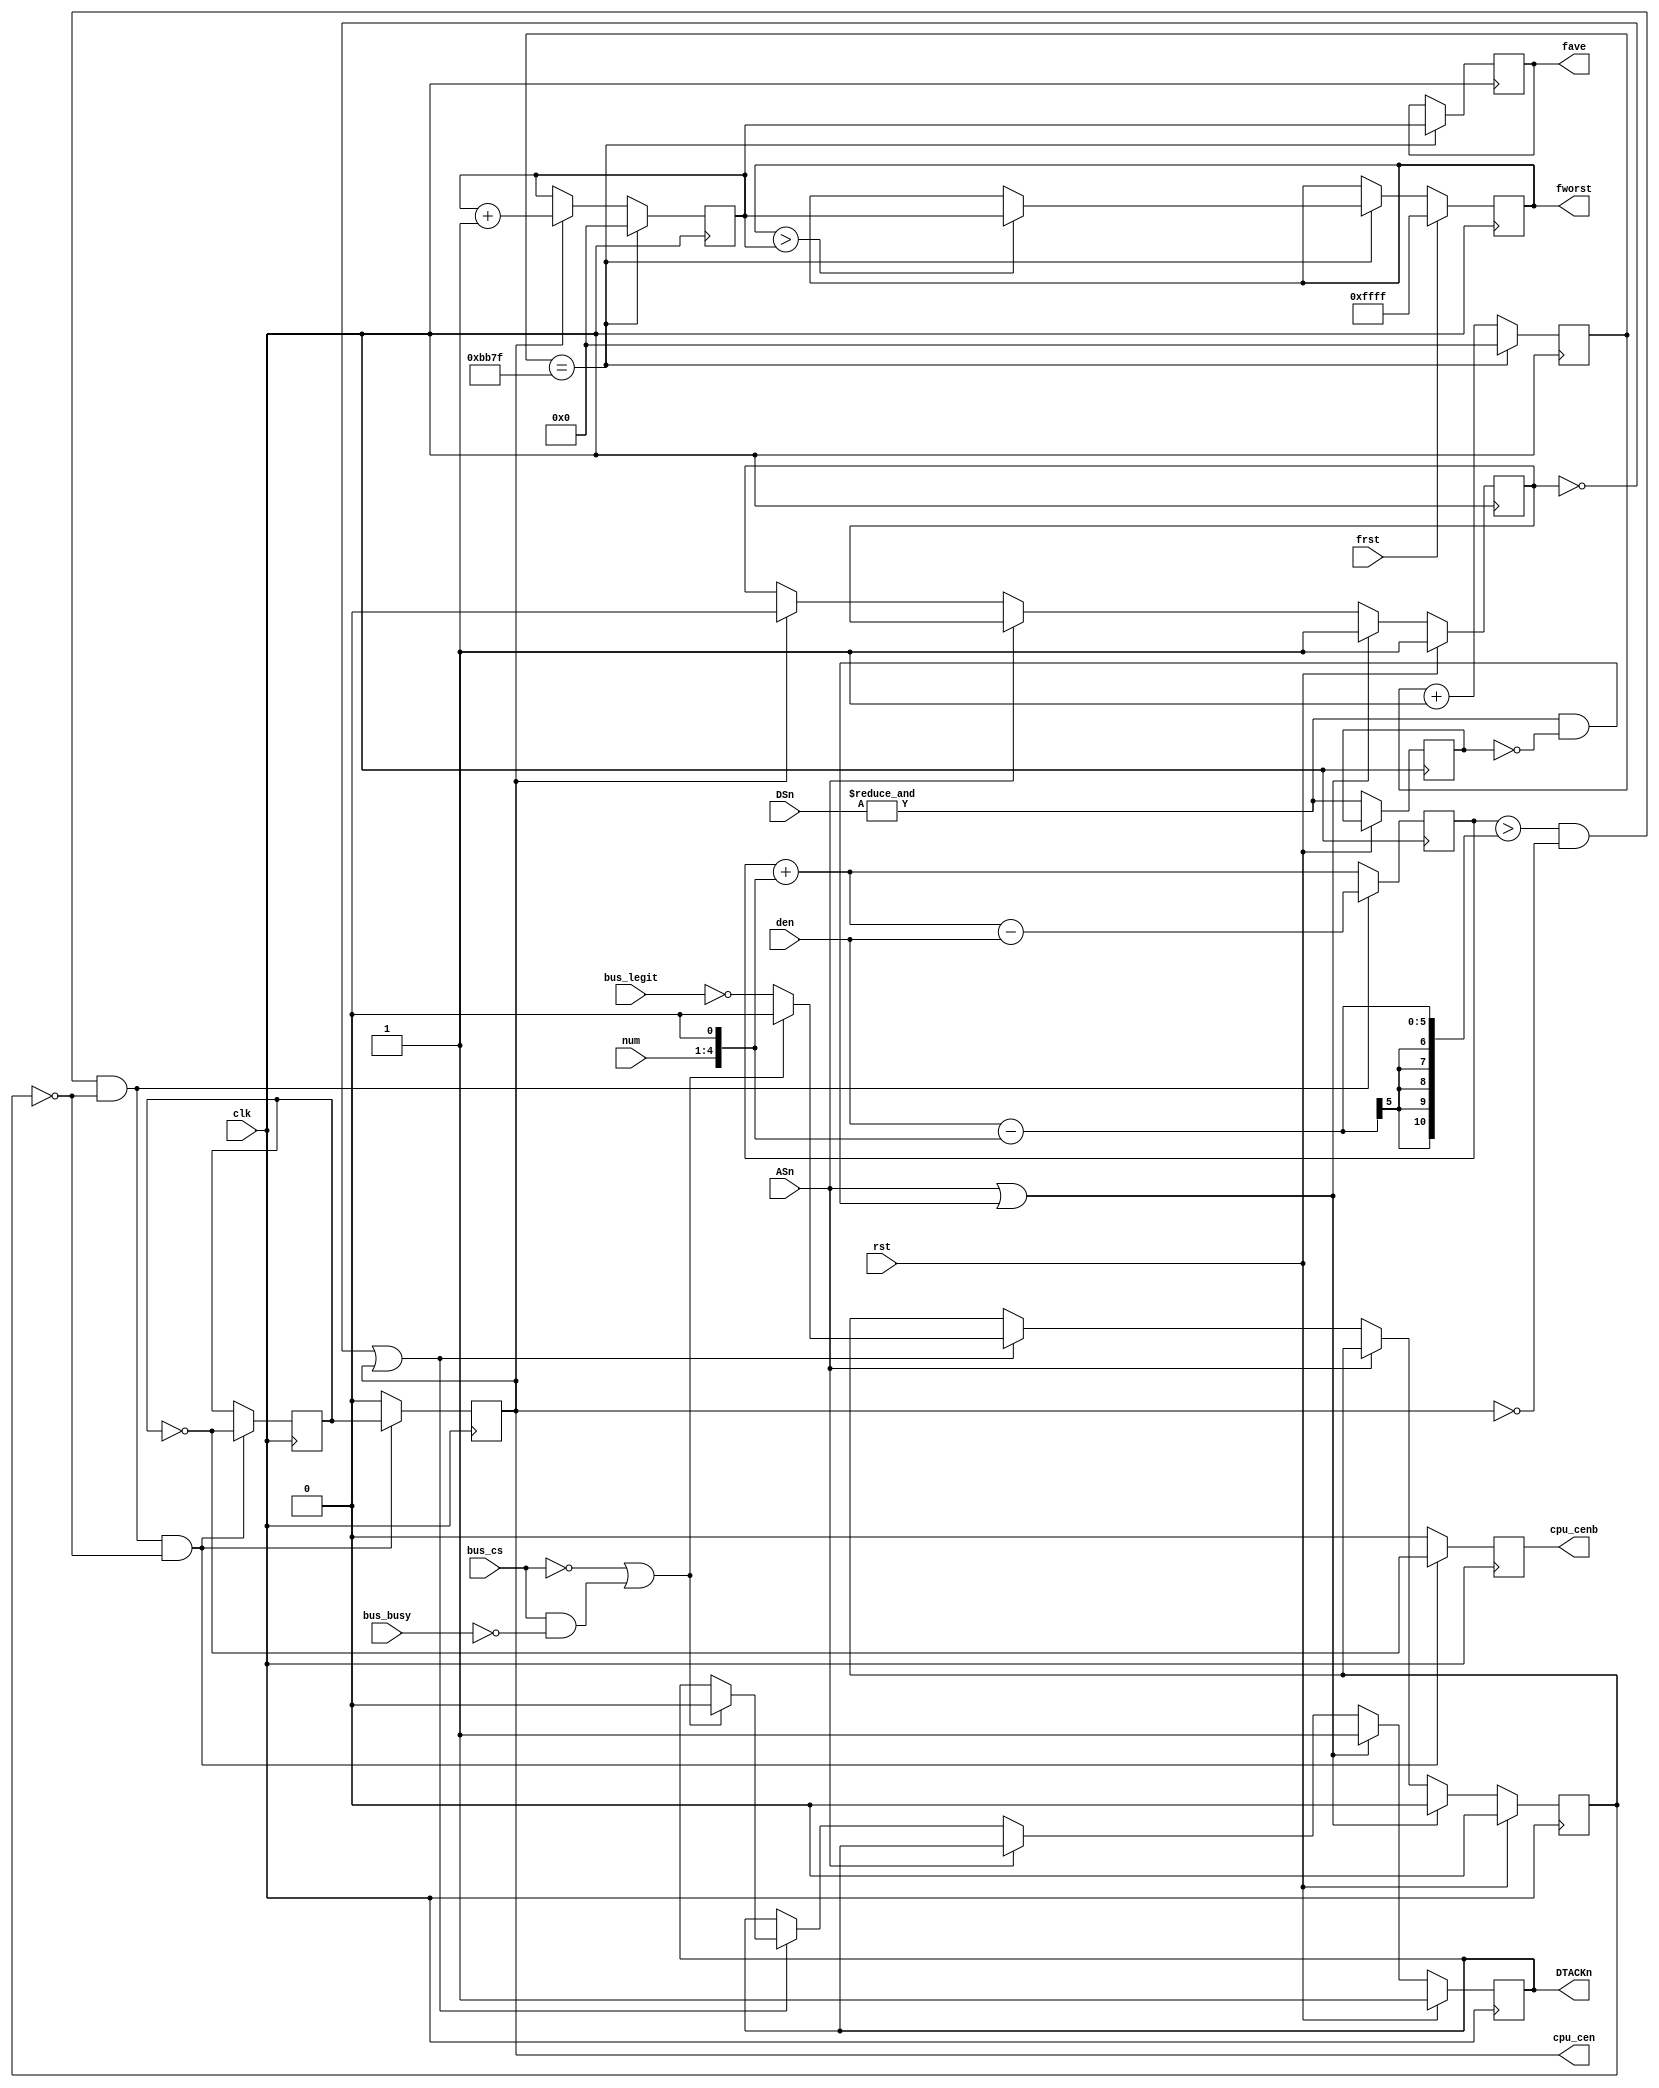
/*  This file is part of JTFRAME.
    JTFRAME program is free software: you can redistribute it and/or modify
    it under the terms of the GNU General Public License as published by
    the Free Software Foundation, either version 3 of the License, or
    (at your option) any later version.

    JTFRAME program is distributed in the hope that it will be useful,
    but WITHOUT ANY WARRANTY; without even the implied warranty of
    MERCHANTABILITY or FITNESS FOR A PARTICULAR PURPOSE.  See the
    GNU General Public License for more details.

    You should have received a copy of the GNU General Public License
    along with JTFRAME.  If not, see <http://www.gnu.org/licenses/>.

    Author: Jose Tejada Gomez. Twitter: @topapate
    Version: 1.0
    Date: 20-5-2021 */

/*

    Generates the standard /DTACK signal expected by the CPU,
    i.e. there is an idle cycle for each bus cycle

    If there is a special bus access, marked by bus_cs, and
    it takes longer to complete than one cycle, the extra time
    will be recovered for later. If bus_legit is high, the time
    will not be recovered as it is identified as legitim wait
    in the original system

    DSn -and not just ASn- must be used so read-modify-write
    instructions have a second /DTACK signal generated for
    the write cycle

    Note that if jtframe_ramrq is used, then DSn must also
    gate the SDRAM requests so you get a cs toggle in the
    middle of the read-modify-write cycles

    DSn goes low one cycle after ASn under some conditions, so
    if ASn | DSn is used to set DTACKn, it will take one more
    cycle than expected on those occasions. Both CPS and S16
    use only ASn to generate DTACKn.

*/

module jtframe_68kdtack
#(parameter W=5,
            RECOVERY=1,
            WD=6,
            MFREQ=48_000  // clk input frequency in kHz
)(
    input         rst,
    input         clk,
    output   reg  cpu_cen,
    output   reg  cpu_cenb,
    input         bus_cs,
    input         bus_busy,
    input         bus_legit,
    input         ASn,  // DTACKn set low at the next cpu_cen after ASn goes low
    input [1:0]   DSn,  // If DSn goes high, DTACKn is reset high
    input [W-2:0] num,  // numerator
    input [W-1:0] den,  // denominator

    output reg    DTACKn,
    output reg [15:0] fave, // average cpu_cen frequency in kHz
    output reg [15:0] fworst, // average cpu_cen frequency in kHz
    input             frst
);
/* verilator lint_off WIDTH */

localparam CW=W+WD;

reg [CW-1:0] cencnt=0;
reg wait1, halt=0, aux=0;
wire [W-1:0] num2 = { num, 1'b0 }; // num x 2
wire over = (cencnt>den-num2)
            && !cpu_cen /*&& !aux*/ && (!halt || RECOVERY==0);
reg  DSnl;
reg  cen_act=0, risefall=0;
wire DSn_posedge = &DSn & ~DSnl;

`ifdef SIMULATION
real rnum = num2;
real rden = den;
initial begin
    if( rnum/rden<=4 ) begin
        $display("Error: num2/den must be 4 or more, otherwise recovery won't work (%m)");
        $finish;
    end
end
`endif

always @(posedge clk) begin : dtack_gen
    if( rst ) begin
        DTACKn <= 1;
        wait1  <= 1;
        halt   <= 0;
    end else begin
        DSnl <= &DSn;
        if( ASn || DSn_posedge ) begin // DSn is needed for read-modify-write cycles
            DTACKn <= 1;
            wait1  <= 1;
            halt   <= 0;
        end else if( !ASn ) begin
            if( cpu_cen  ) wait1 <= 0;
            if( !wait1 || cpu_cen ) begin
                if( !bus_cs || (bus_cs && !bus_busy) ) begin
                    DTACKn <= 0;
                    halt <= 0;
                end else begin
                    halt <= !bus_legit;
                end
            end
        end
    end
end

always @(posedge clk) begin
    cencnt  <= over ? (cencnt+num2-den) : (cencnt+num2);
    if( over && !halt) begin
        cpu_cen  <= risefall;
        cpu_cenb <= ~risefall;
        risefall <= ~risefall;
    end else begin
        cpu_cen  <= 0;
        cpu_cenb <= 0;
    end
    aux <= cpu_cen; // forces a blank after cpu_cen,
    // so the shortest sequence is cpu_cen, blank, cpu_cenb
    // note that cpu_cen can follow cpu_cenb without a blank
end
/* verilator lint_on WIDTH */

// Frequency reporting
reg [15:0] freq_cnt=0, fout_cnt;
initial fworst = 16'hffff;

always @(posedge clk) begin
    freq_cnt <= freq_cnt + 1'd1;
    if(cpu_cen) fout_cnt<=fout_cnt+1'd1;
    if( freq_cnt == MFREQ-1 ) begin
        freq_cnt <= 0;
        fout_cnt <= 0;
        fave <= fout_cnt;
        if( fworst > fout_cnt ) fworst <= fout_cnt;
    end
    if( frst ) fworst <= 16'hffff;
end

endmodule